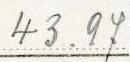
43.97